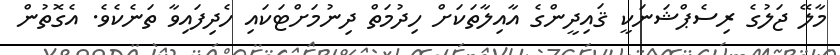
މާލޭ ޖަލުގެ ރިސެޕްޝަނަކީ ޤައިދީންގެ އާއިލާތަކަށް ހިދުމަތް ދިނުމަށްޓަކައި ހެދިފައިވާ ތަނެކެވެ. އެގޮތުން